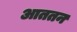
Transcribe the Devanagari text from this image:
आततन